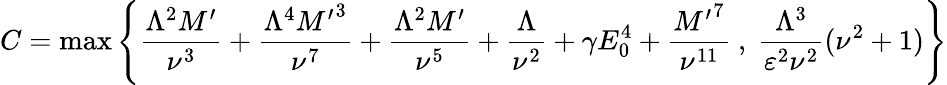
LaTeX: C=\operatorname*{max}{\left\{ \frac{\Lambda^{2}M^{\prime}}{\nu^{3}}+\frac{\Lambda^{4}{M^{\prime}}^{3}}{\nu^{7}}+\frac{\Lambda^{2}M^{\prime}}{\nu^{5}}+\frac{\Lambda}{\nu^{2}}+\gamma E_{0}^{4}+\frac{{M^{\prime}}^{7}}{\nu^{11}}\ ,\ \frac{\Lambda^{3}}{\varepsilon^{2}\nu^{2}}(\nu^{2}+1)\right\} }